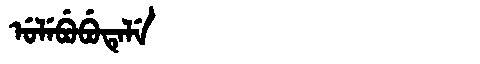
Manchu: ᡠᠯᡝᠪᡠᠪᡠᡨᡝᠯᡝ
Romanization: ULEBUBUTELE